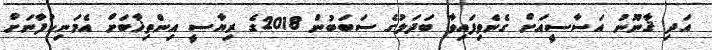
އަދި ޤާނޫނު އަސާސީއަށް ގެނެވިފައިވާ ބަދަލުގެ ސަބަބުން 2018ގެ ރިޔާސީ އިންތިޚާބަށް އެމަނިކުފާނަށް